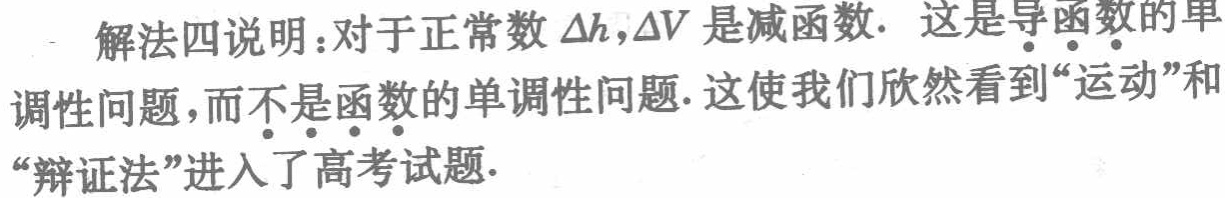
解法四说明：对于正常数\(\Delta h,\Delta V\)是减函数. 这是导函数的单调性问题，而不是函数的单调性问题. 这使我们欣然看到“运动”和“辩证法”进入了高考试题.